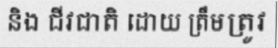
និង ជីវជាតិ ដោយ ត្រឹមត្រូវ